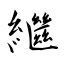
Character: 繼